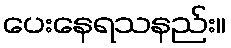
ပေးနေရသနည်း။